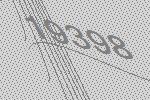
19398